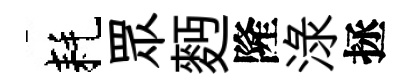
耗眾麪隆渌拯